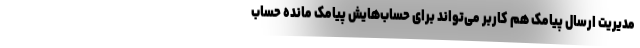
مدیریت ارسال پیامک هم کاربر می‌تواند برای حساب‌هایش پیامک مانده حساب